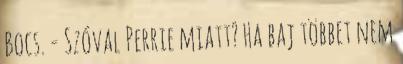
Bocs. - Szóval Perrie miatt? Ha baj többet nem